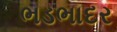
ભડભાદર